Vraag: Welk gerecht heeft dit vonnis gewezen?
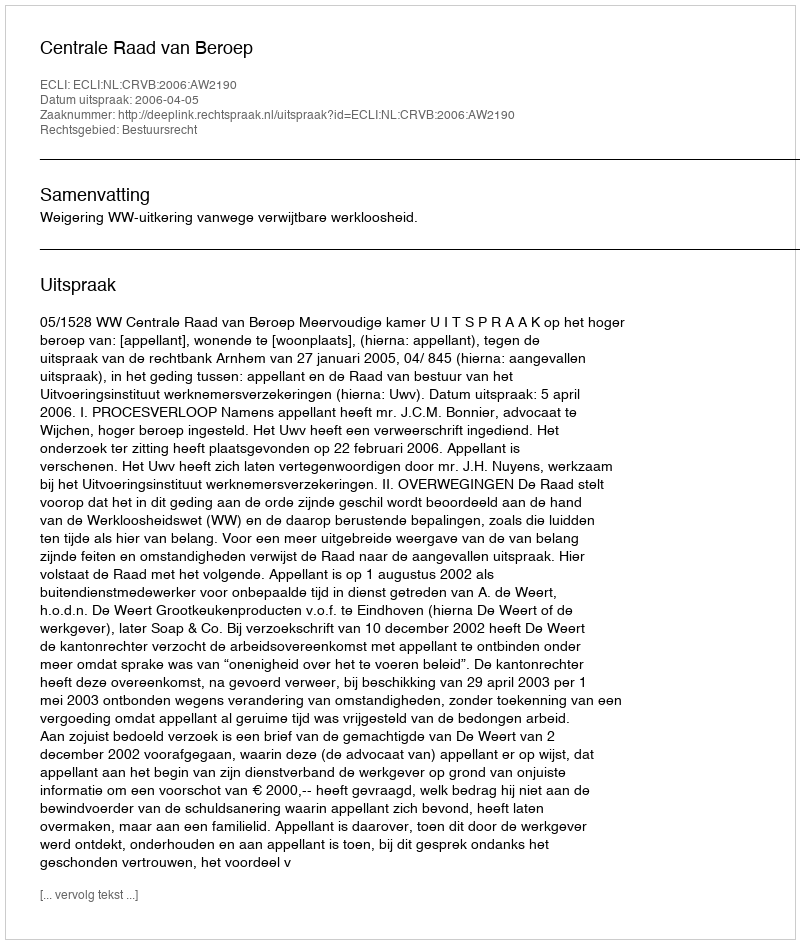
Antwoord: Centrale Raad van Beroep